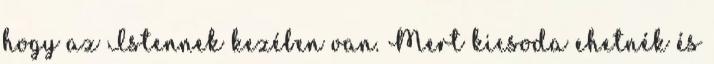
hogy az Istennek kezében van. Mert kicsoda ehetnék és